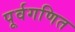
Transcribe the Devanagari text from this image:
पूर्वगणित